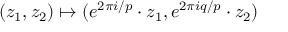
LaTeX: ( z _ { 1 } , z _ { 2 } ) \mapsto ( e ^ { 2 \pi i / p } \cdot z _ { 1 } , e ^ { 2 \pi i q / p } \cdot z _ { 2 } )